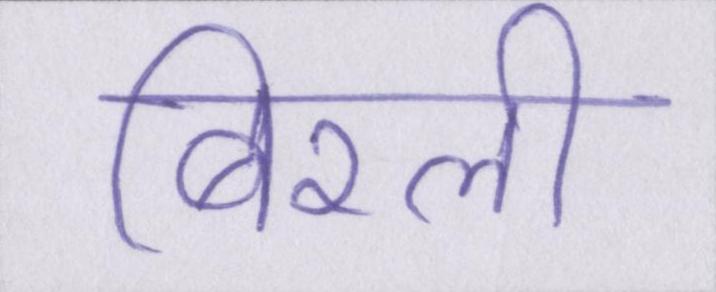
बिरली